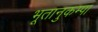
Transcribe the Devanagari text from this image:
भूतानुकम्पा